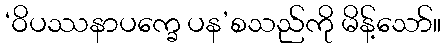
‘ဝိပဿနာပက္ခေ ပန’စသည်ကို မိန့်သော်။